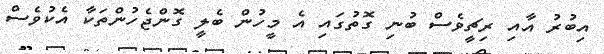
އިބުރު އާއި ރިޗީވެސް ބުނި ގޮތުގައި އެ މީހުން ބެލީ ގޮންޖެހުންތަކާ އެކުވެސް